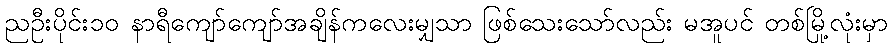
ညဦးပိုင်း၁၀ နာရီကျော်ကျော်အချိန်ကလေးမျှသာ ဖြစ်သေးသော်လည်း မအူပင် တစ်မြို့လုံးမှာ